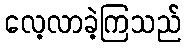
လေ့လာခဲ့ကြသည်